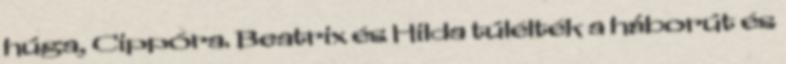
húga, Cippóra. Beatrix és Hilda túlélték a háborút és